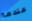
عندما